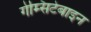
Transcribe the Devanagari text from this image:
गेम्सिटेबाइन